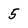
Character: 5